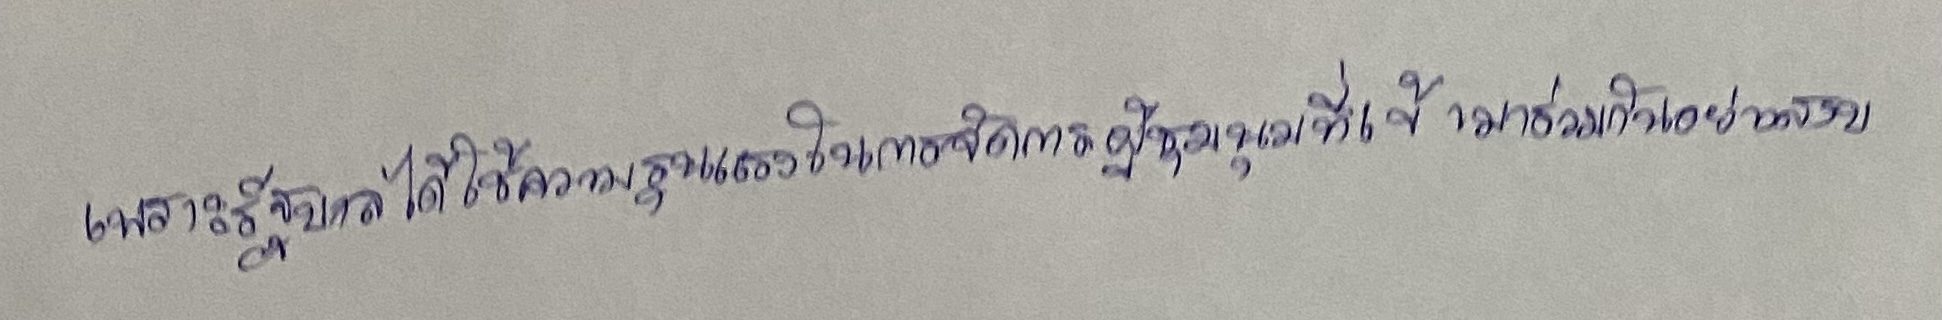
เพราะรัฐบาลได้ใช้ความรุนแรงในการจัดการผู้ชุมนุมที่เข้ามาร่วมกันอย่างสงบ